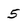
Character: 5